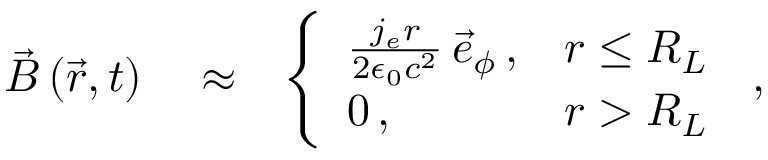
\begin{array} { r l r } { \vec { B } \left( \vec { r } , t \right) } & { { } \approx } & { \left\{ \begin{array} { l l } { \frac { j _ { e } r } { 2 \epsilon _ { 0 } c ^ { 2 } } \, \vec { e } _ { \phi } \, , } & { r \le R _ { L } } \\ { 0 \, , } & { r > R _ { L } } \end{array} \right. \, , } \end{array}